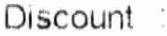
DISCOUNT :